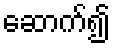
ဆောက်၍